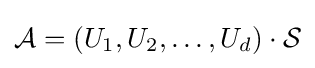
{\mathcal {A}}=(U_{1},U_{2},\ldots ,U_{d})\cdot {\mathcal {S}}